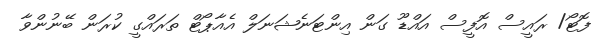
ފޮޓޯ/ ރައީސް އޮފީސް އައްޑޫ ގަން އިންޓަނެޝަނަލް އެއާޕޯޓް ތަރައްގީ ކުރަން ބޭނުންވާ